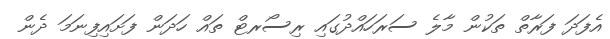
އެފަދަ ފަރާތް ތަކުން މާލެ ސަރަހައްދުގައި ރިސޯރޓް ތައް ހަދަން ފަށައިފިނަމަ ދެން